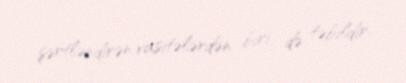
şərtləndirən vasitələrdən biri də təbildir.